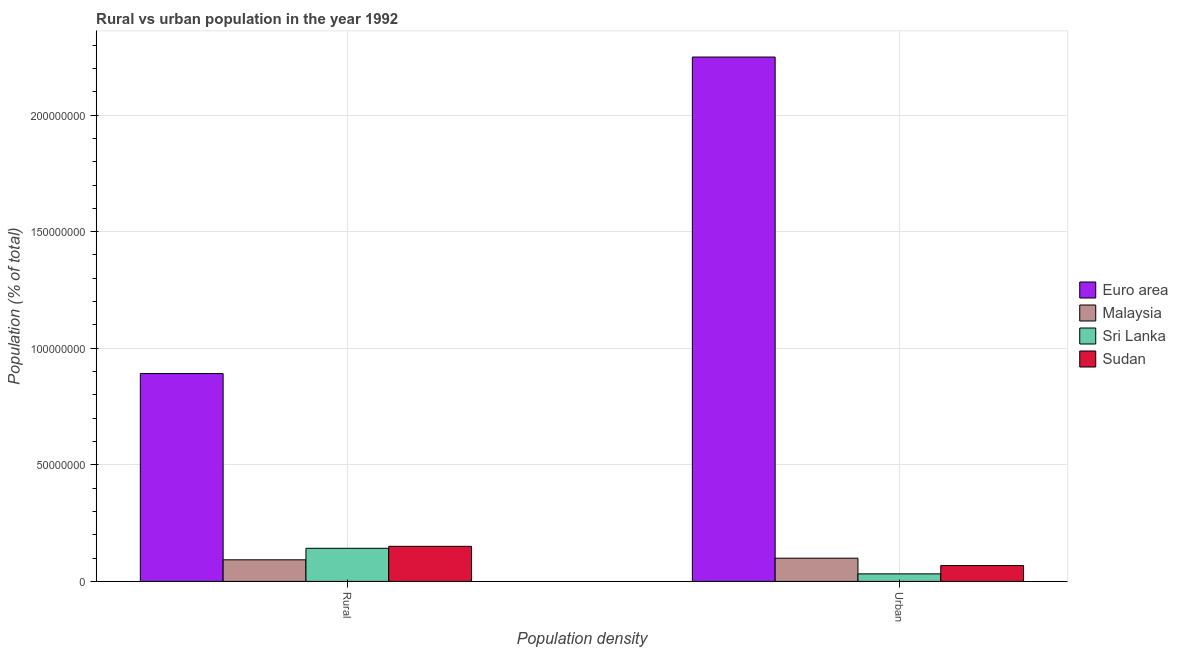
| Population density | Euro area | Malaysia | Sri Lanka | Sudan |
 | --- | --- | --- | --- | --- |
 | Rural | 8.91e+07 | 9.25e+06 | 1.42e+07 | 1.5e+07 |
 | Urban | 2.25e+08 | 9.95e+06 | 3.23e+06 | 6.79e+06 |